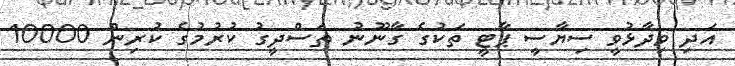
އަދި ވިދާޅުވީ ސިޔާސީ ޕާޓީ ތަކުގެ ގާނޫނު ތަސްދީގު ކުރުމުގެ ކުރިން 10000